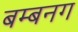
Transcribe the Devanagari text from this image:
बम्बनग